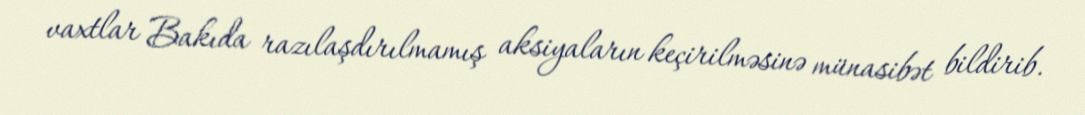
vaxtlar Bakıda razılaşdırılmamış aksiyaların keçirilməsinə münasibət bildirib.